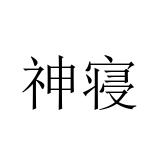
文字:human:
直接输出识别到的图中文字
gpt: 神寝